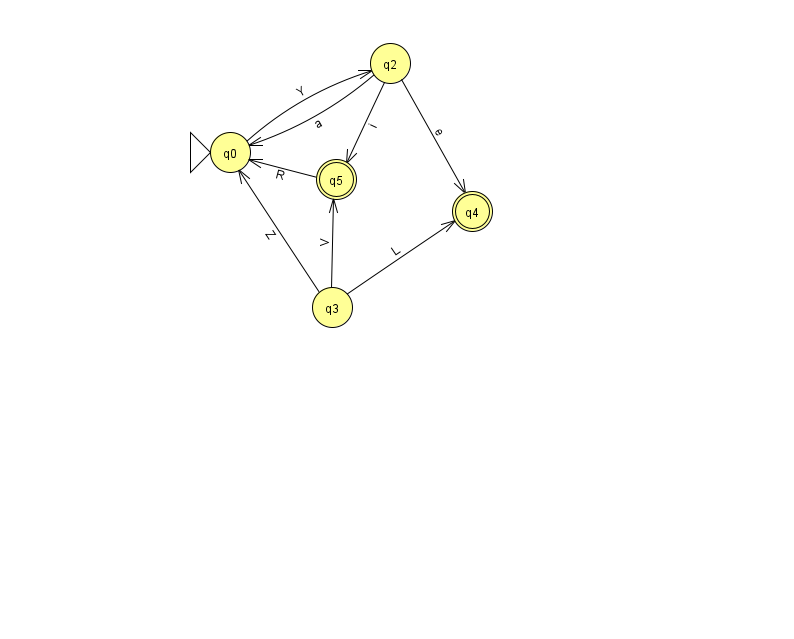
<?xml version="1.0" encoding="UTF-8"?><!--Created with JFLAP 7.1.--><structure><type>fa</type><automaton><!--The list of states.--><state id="0" name="q0"><x>230.0</x><y>139.0</y><initial/></state><state id="2" name="q2"><x>390.0</x><y>50.0</y></state><state id="3" name="q3"><x>332.0</x><y>294.0</y></state><state id="4" name="q4"><x>472.0</x><y>198.0</y><final/></state><state id="5" name="q5"><x>336.0</x><y>166.0</y><final/></state><!--The list of transitions.--><transition><from>3</from><to>0</to><read>Z</read></transition><transition><from>3</from><to>5</to><read>V</read></transition><transition><from>2</from><to>5</to><read>i</read></transition><transition><from>2</from><to>0</to><read>a</read></transition><transition><from>2</from><to>4</to><read>e</read></transition><transition><from>5</from><to>0</to><read>R</read></transition><transition><from>0</from><to>2</to><read>Y</read></transition><transition><from>3</from><to>4</to><read>L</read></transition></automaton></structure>